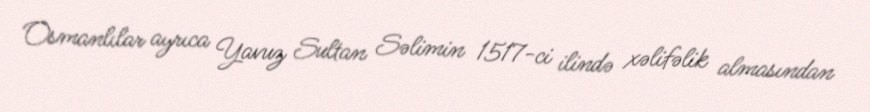
Osmanlılar ayrıca Yavuz Sultan Səlimin 1517-ci ilində xəlifəlik almasından